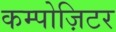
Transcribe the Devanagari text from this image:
कम्पोज़िटर